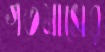
গতমাসের